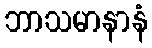
ဘာသမာနာနံ